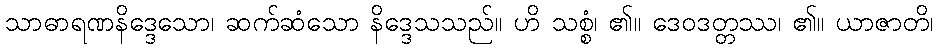
သာဓာရဏနိဒ္ဒေသော၊ ဆက်ဆံသော နိဒ္ဒေသသည်။ ဟိ သစ္စံ၊ ၏။ ဒေဝဒတ္တဿ၊ ၏။ ယာဇာတိ၊